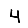
Digit: 4